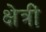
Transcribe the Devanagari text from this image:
क्षेत्रीं